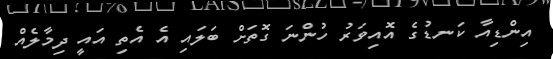
އިންޑިއާ ކަނޑުގެ އޮއިވަރު ހުންނަ ގޮތަށް ބަލައި އެ އެތި އައީ ދިމާލެއް